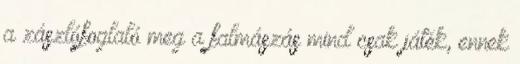
a zászlófoglaló meg a falmászás mind csak játék, ennek